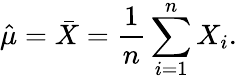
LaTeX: {\hat{\mu}}={\bar{X}}={\frac{1}{n}}\sum_{i=1}^{n}X_{i}.